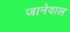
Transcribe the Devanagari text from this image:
जानेवाल